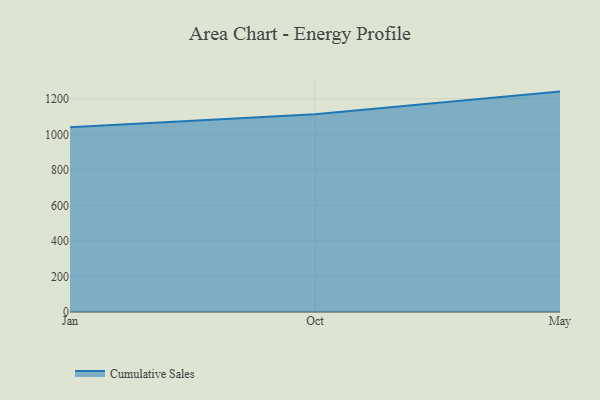
{"axis": {"x": "Month", "y": "Shipments"}, "legend": ["Cumulative Sales"], "data": [{"x": "Jan", "y": 1039.4, "type": "Cumulative Sales"}, {"x": "Oct", "y": 1113.3, "type": "Cumulative Sales"}, {"x": "May", "y": 1240.6, "type": "Cumulative Sales"}]}